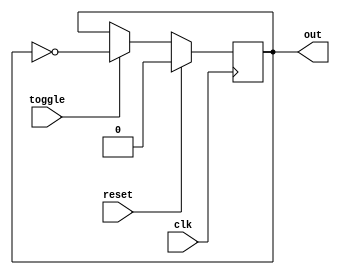
module T_latch(
    input clk,
    input toggle,
    input reset,
    output reg out
    );
    
    always @(posedge clk) begin
        if(reset) begin
            out <= 0;
        end
            else begin
                if(toggle) begin
                    out <= ~out;
                end
                    else begin
                        out <= out;
                    end
            end
    end
    
endmodule